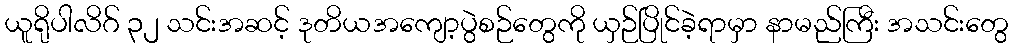
ယူရိုပါလိဂ် ၃၂ သင်းအဆင့် ဒုတိယအကျော့ပွဲစဉ်တွေကို ယှဉ်ပြိုင်ခဲ့ရာမှာ နာမည်ကြီး အသင်းတွေ